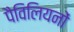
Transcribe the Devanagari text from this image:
पैविलियनों